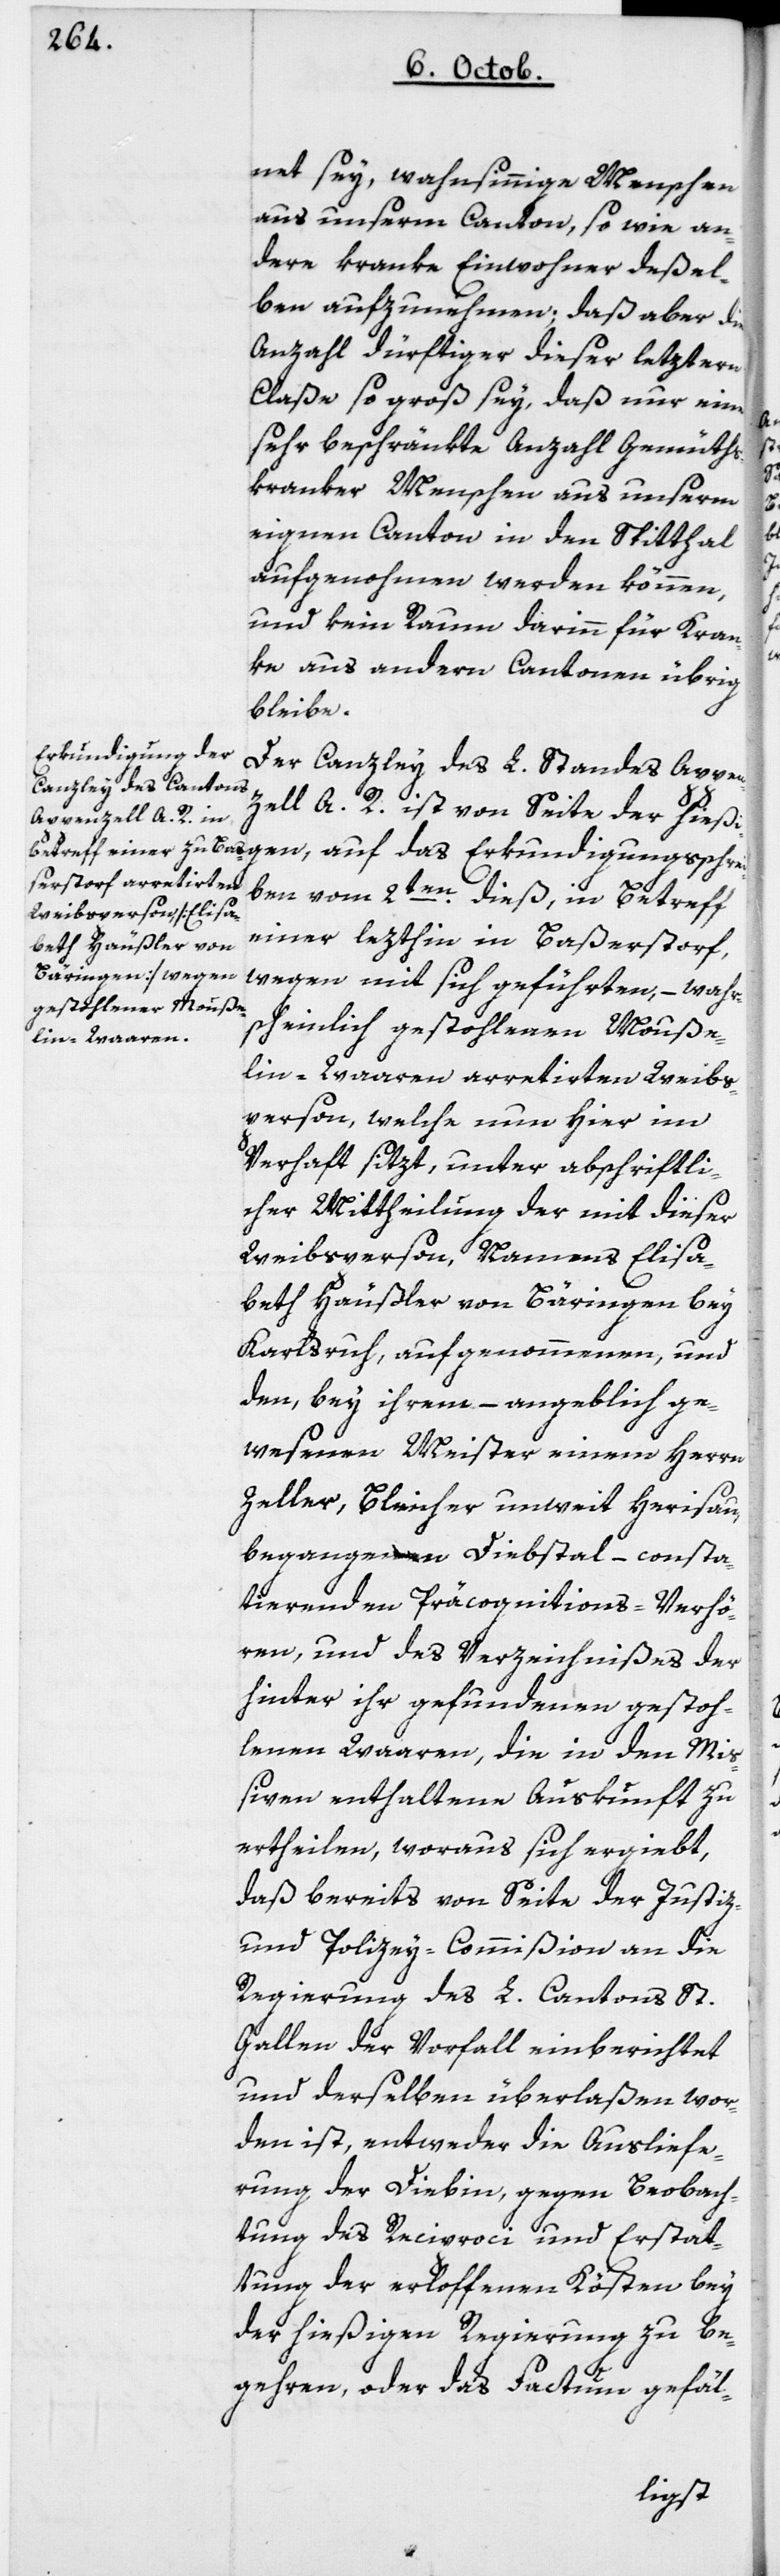
net sey, wahnsinnige Menschen
aus unserm Canton, sowie an¬
dere kranke Einwohner deßel¬
ben aufzunehmen, daß aber die
Anzahl Dürftiger dieser letztern
Claße so groß sey, daß nur eine
sehr beschränkte Anzahl Gemüths¬
kranker Menschen aus unserm
eignen Canton in den Spital
aufgenohmen werden können,
und kein Raum darinn für Kran¬
ke aus andern Cantonen übrig
bleibe.
Erkundigungs-Schre¬
Der Canzley des L. Standes Appen¬
zell A. R. ist von Seite der hieß¬
iben vom 2ten dieß, in Betreff
einer lezthin in Baßerstorf,
wegen mit sich geführten, – wahr¬
scheinlich gestohlenen Mouße¬
lin-Waaren arretierten Weibs¬
person, welche nun hier im
Verhaft sitzt, – unter abschriftli¬
cher Mittheilung der mit dieser
Weibsperson, namens Elisa¬
beth Häußler von Bäringen bey
Karlsruh, aufgenommenen und
den, bey ihrem – angeblich ge¬
wesenen Meister, einem Herrn
Zeller, Bleicher unweit Herisau,
begangenen Diebstal – consta¬
tierenden Präcognitions-Verhö¬
ren, und des Verzeichnißes der
hinter ihr gefundenen gestoh¬
lenen Waaren, die in den Mi¬
ßiven enthaltene Auskunft zu
ertheilen, woraus sich ergiebt,
daß bereits von Seite der Justiz-
und Policey-Commißion an die
Regierung des L. Cantons St.
Gallen der Vorfall einberichtet
und derselben überlaßen wor¬
den ist, entweder die Ausliefe¬
rung der Diebin, gegen Beobach¬
tung des Reciproci und Erstat¬
tung der erloffenen Kösten bey
der hießigen Regierung zu be¬
gehren, oder das Factum gefäl-
igen,